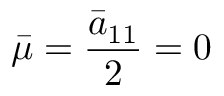
\bar { \mu } = \frac { \bar { a } _ { 1 1 } } { 2 } = 0